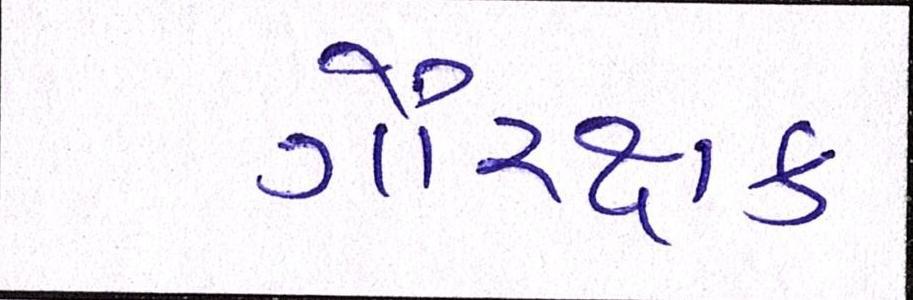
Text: ગૌરક્ષક